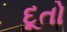
દૂતો